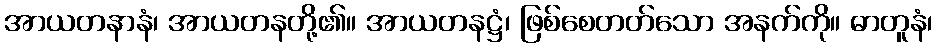
အာယတနာနံ၊ အာယတနတို့၏။ အာယတနဋ္ဌံ၊ ဖြစ်စေတတ်သော အနက်ကို။ ဓာတူနံ၊